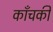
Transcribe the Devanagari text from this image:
काँचकी